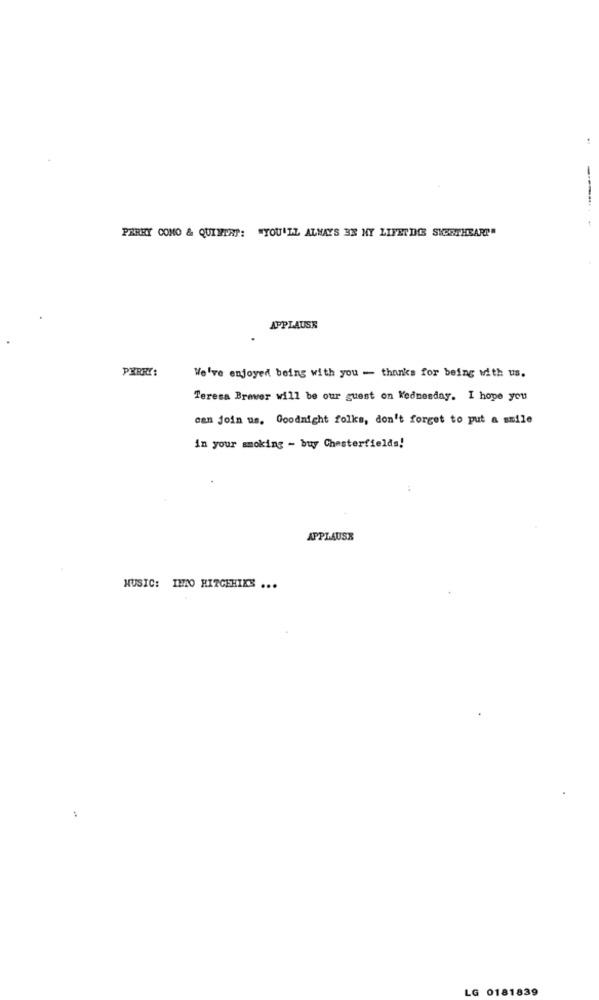
PAREY COMO & QUINTAS: "YOU'LL ALWAYS BE NY LIFETDE SWEETHEART"
APPLAUSE
PERRY:
We've enjoyed being with you - thanks for being with us.
Teresa Brewer will be our guest on Wednesday. I hope you
can join us. Goodnight folks, don't forget to put a smile
in your smoking - buy Chesterfields!
APPLAUSE
MUSIC: INTO HITCERIES ...
LG 0181839